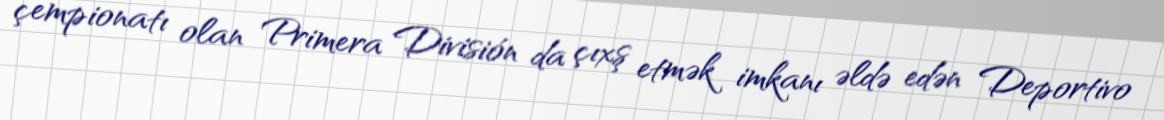
çempionatı olan Primera División da çıxş etmək imkanı əldə edən Deportivo